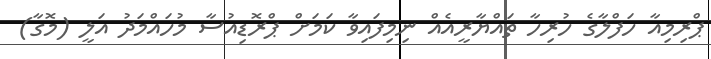
ޕްރިމިއާ ހަފްލާގެ ހުރިހާ ތައްޔާރީއެއް ނިމިފައިވާ ކަމަށް ޕްރޮޑިއުސާ މުހައްމަދު އަލީ (މޮގާ)